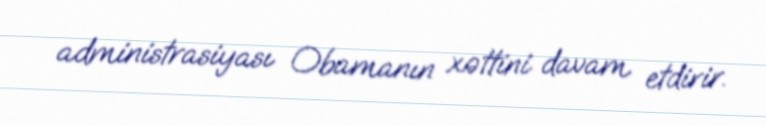
administrasiyası Obamanın xəttini davam etdirir.